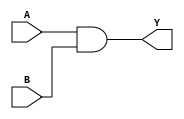
module and_func (
    input [7:0] A,
    input [7:0] B,
    output [7:0] Y
);
    assign Y = A & B;
endmodule